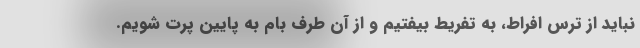
نباید از ترس افراط، به تفریط بیفتیم و از آن طرف بام به پایین پرت شویم.